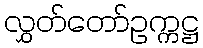
လွှတ်တော်ဥက္ကဋ္ဌ